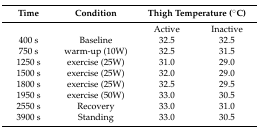
| Time | Condition | <COLSPAN=2> Thigh Temperature (°C) |
 | --- | --- | --- | --- |
 |  |  | Active | Inactive |
 | 400 s | Baseline | 32.5 | 32.5 |
 | 750 s | warm-up (10W) | 32.5 | 31.5 |
 | 1250 s | exercise (25W) | 31.0 | 29.0 |
 | 1500 s | exercise (25W) | 32.0 | 29.0 |
 | 1800 s | exercise (25W) | 32.5 | 29.5 |
 | 1950 s | exercise (50W) | 33.0 | 30.5 |
 | 2550 s | Recovery | 33.0 | 31.0 |
 | 3900 s | Standing | 33.0 | 30.5 |